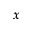
\boldsymbol { x }